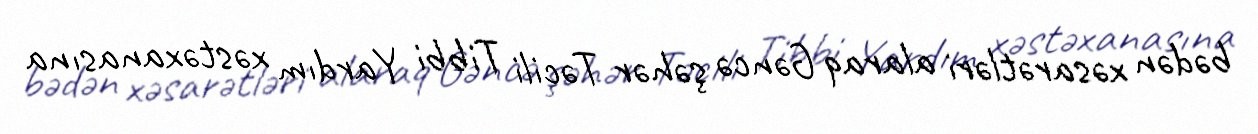
bədən xəsarətləri alaraq Gəncə şəhər Təcili Tibbi Yardım xəstəxanasına